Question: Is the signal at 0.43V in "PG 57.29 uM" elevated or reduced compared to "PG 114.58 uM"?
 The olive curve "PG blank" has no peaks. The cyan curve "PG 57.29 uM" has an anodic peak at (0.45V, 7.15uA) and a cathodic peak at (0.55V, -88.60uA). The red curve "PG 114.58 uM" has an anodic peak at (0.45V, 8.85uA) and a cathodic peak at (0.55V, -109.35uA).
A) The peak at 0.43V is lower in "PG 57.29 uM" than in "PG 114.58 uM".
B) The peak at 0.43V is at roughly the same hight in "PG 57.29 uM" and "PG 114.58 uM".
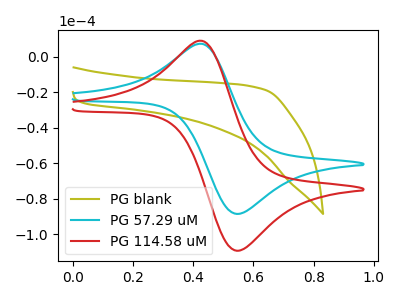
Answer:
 <answer>A) The peak at 0.43V is lower in "PG 57.29 uM" than in "PG 114.58 uM".</answer>
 <eval>A</eval>